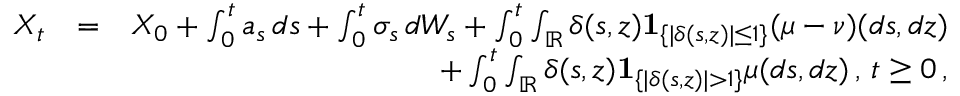
\begin{array} { r l r } { X _ { t } } & { = } & { X _ { 0 } + \int _ { 0 } ^ { t } a _ { s } \, d s + \int _ { 0 } ^ { t } \sigma _ { s } \, d W _ { s } + \int _ { 0 } ^ { t } \int _ { \mathbb { R } } \delta ( s , z ) \mathbf { 1 } _ { \{ | \delta ( s , z ) | \leq 1 \} } ( \mu - \nu ) ( d s , d z ) } \\ & { } & { + \int _ { 0 } ^ { t } \int _ { \mathbb { R } } \delta ( s , z ) \mathbf { 1 } _ { \{ | \delta ( s , z ) | > 1 \} } \mu ( d s , d z ) \, , \, t \ge 0 \, , } \end{array}